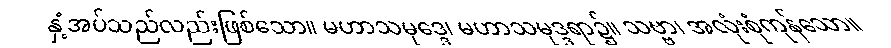
နှံ့အပ်သည်လည်းဖြစ်သော။ မဟာသမုဒ္ဒေ၊ မဟာသမုဒ္ဒရာ၌။ သဗ္ဗာ၊ အလုံးစုံကုန်သော။